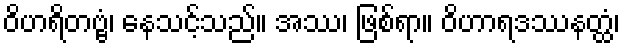
ဝိဟရိတဗ္ဗံ၊ နေသင့်သည်။ အဿ၊ ဖြစ်ရာ။ ဝိဟာရဒဿနတ္ထံ၊